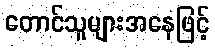
တောင်သူများအနေဖြင့်